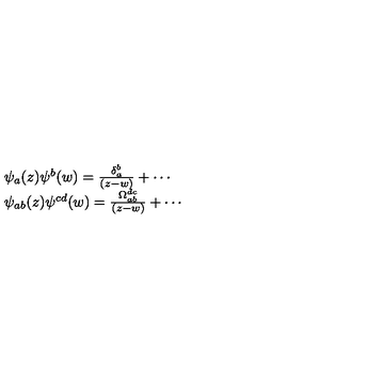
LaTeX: \begin{array} { l } { \psi _ { a } ( z ) \psi ^ { b } ( w ) = \frac { \delta _ { a } ^ { b } } { ( z - w ) } + \cdots } \\ { \psi _ { a b } ( z ) \psi ^ { c d } ( w ) = \frac { \Omega _ { a b } ^ { d c } } { ( z - w ) } + \cdots } \\ \end{array}